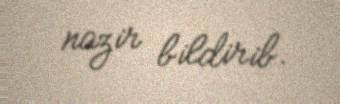
nazir bildirib.